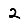
Digit: 2